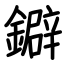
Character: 鐴